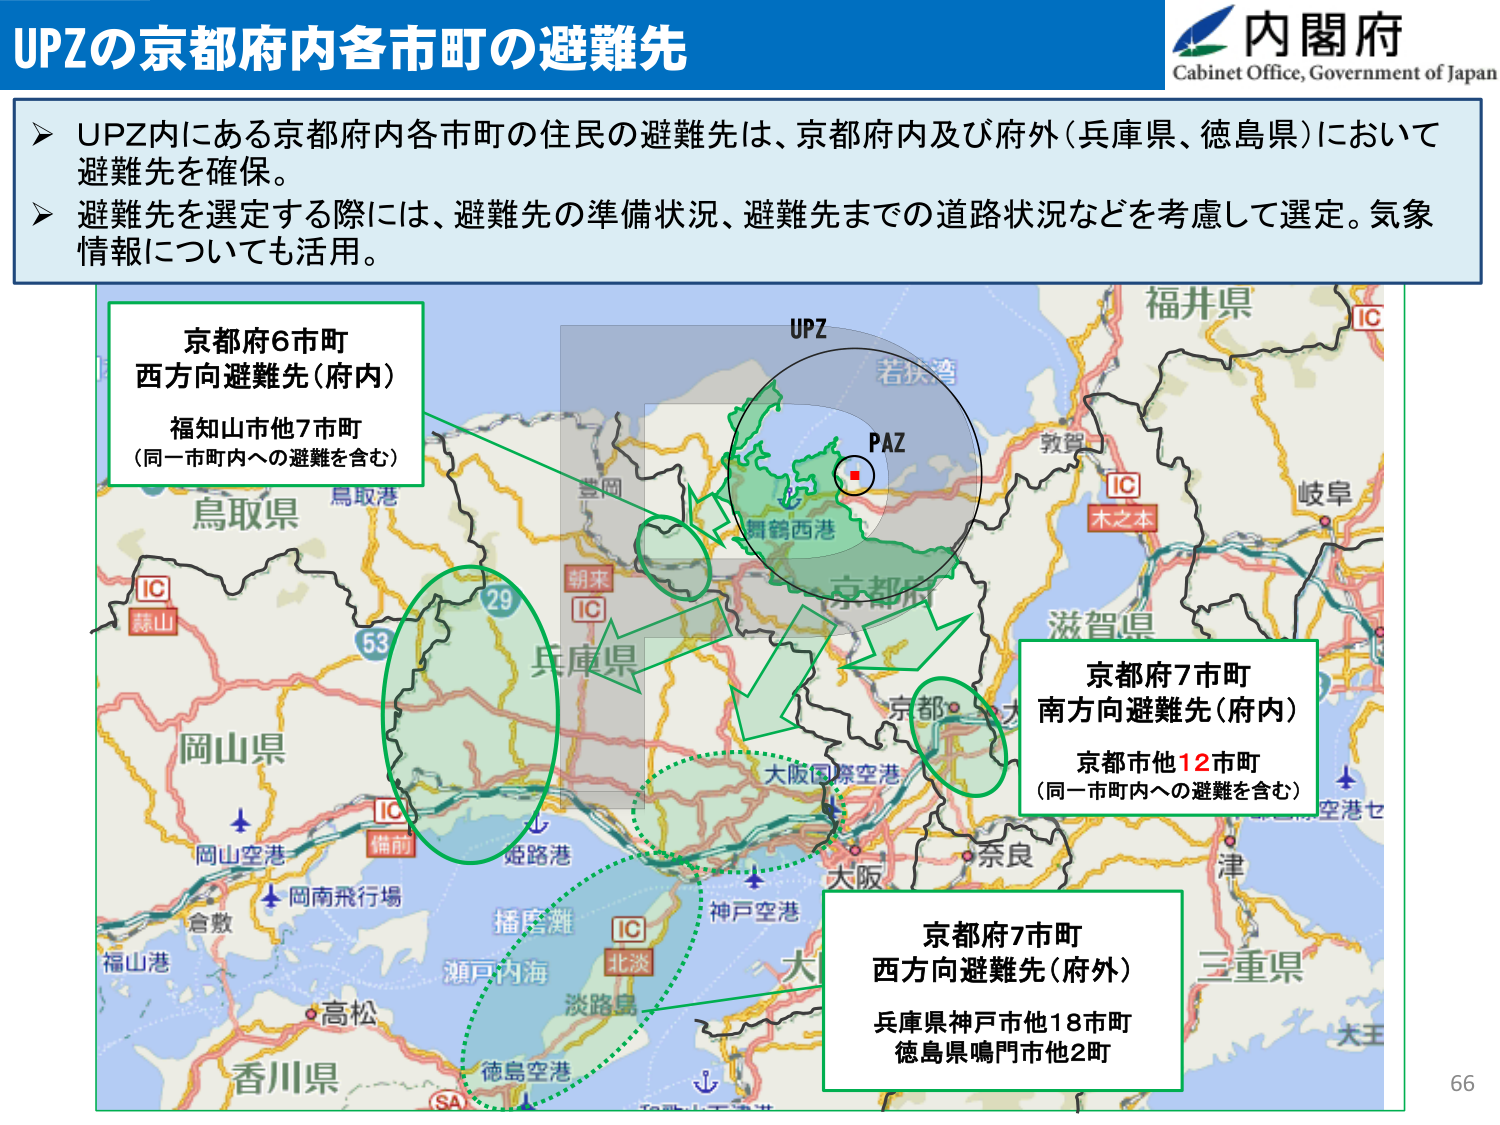
UPZの京都府内各市町の避難先

内閣府
Cabinet Office, Government of Japan

➤ UPZ内にある京都府内各市町の住民の避難先は、京都府内及び府外（兵庫県、徳島県）において避難先を確保。
➤ 避難先を選定する際には、避難先の準備状況、避難先までの道路状況などを考慮して選定。気象情報についても活用。

京都府6市町
西方向避難先（府内）
福知山市他7市町
（同一市町内への避難を含む）

UPZ
PAZ
若狭湾
舞鶴西港
京都府
朝来
IC
豊岡
兵庫県
IC
蒜山
53
29
鳥取県
鳥取港
岡山県
IC
錦前
姫路港
岡山空港
岡南飛行場
倉敷
福山港
高松
香川県
播磨灘
瀬戸内海
淡路島
IC
北淡
徳島空港
SA
神戸空港
大阪
奈良
大阪国際空港
京都
滋賀県
木之本
IC
敦賀
福井県
IC
岐阜
三重県
津
大王
空港セ

京都府7市町
南方向避難先（府内）
京都市他12市町
（同一市町内への避難を含む）

京都府7市町
西方向避難先（府外）
兵庫県神戸市他18市町
徳島県鳴門市他2町

66